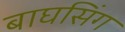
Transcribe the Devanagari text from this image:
बाघसिंग